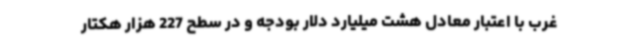
غرب با اعتبار معادل هشت میلیارد دلار بودجه و در سطح 227 هزار هکتار